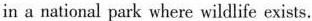
in a national park where wildlife exists.